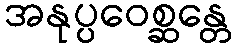
အနုပ္ပဝေစ္ဆန္တေ